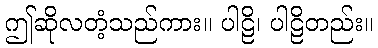
ဤဆိုလတံ့သည်ကား။ ပါဠိ၊ ပါဠိတည်း။